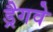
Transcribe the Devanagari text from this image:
ड्रैगवे